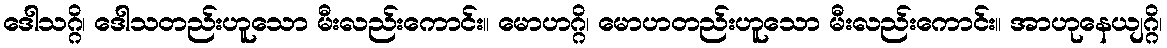
ဒေါသဂ္ဂိ၊ ဒေါသတည်းဟူသော မီးလည်းကောင်း။ မောဟဂ္ဂိ၊ မောဟတည်းဟူသော မီးလည်းကောင်း။ အာဟုနေယျဂ္ဂိ၊